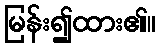
မြန်း၍ထား၏။